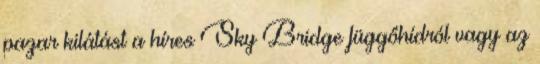
pazar kilátást a híres Sky Bridge függőhídról vagy az